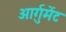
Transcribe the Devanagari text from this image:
आर्गुमेंट